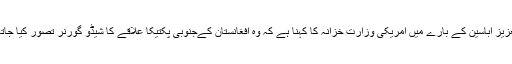
عبدالعزیز اباسین کے بارے میں امریکی وزارت خزانہ کا کہنا ہے کہ وہ افغانستان کےجنوبی پکتیکا علاقے کا شیڈو گورنر تصور کیا جاتا ہے۔